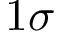
1 \sigma